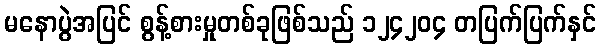
မနောပွဲအပြင် စွန့်စားမှုတစ်ခုဖြစ်သည် ၁၂၄၂၀၄ တပြက်ပြက်နှင်